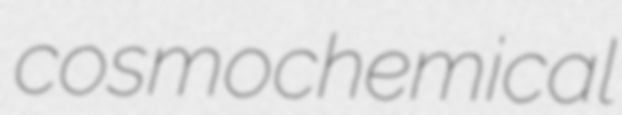
cosmochemical